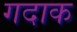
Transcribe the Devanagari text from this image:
गदाक